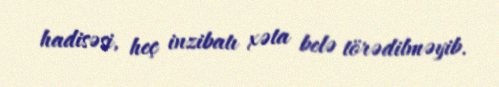
hadisəsi, heç inzibatı xəta belə törədilməyib.